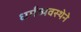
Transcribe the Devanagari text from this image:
धर्मव्यवस्थेने